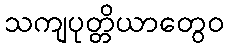
သကျပုတ္တိယာတွေဝ